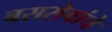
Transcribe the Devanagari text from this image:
बससेवांचे